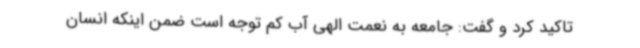
تاکید کرد و گفت: جامعه به نعمت الهی آب کم توجه است ضمن اینکه انسان